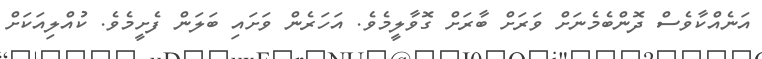
އަނެއްކާވެސް ދޮންބެމެނަށް ވަރަށް ބާރަށް ގޮވާލީމެވެ. އަހަރެން ވަށައި ބަލަން ފެށީމެވެ. ކުއްލިއަކަށް